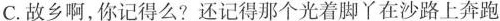
C.故乡啊，你记得么?还记得那个光着脚丫在沙路上奔跑